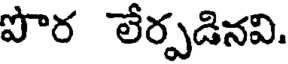
పొర లేర్పడినవి.